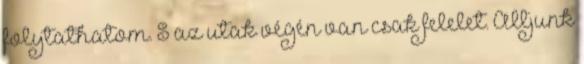
folytathatom. S az utak végén van csak felelet. Álljunk